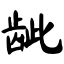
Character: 龇